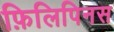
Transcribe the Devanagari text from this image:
फ़िलिपिनस